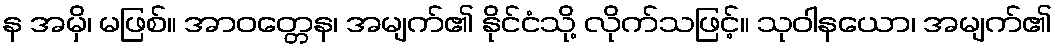
န အမှိ၊ မဖြစ်။ အာဝတ္တေန၊ အမျက်၏ နိုင်ငံသို့ လိုက်သဖြင့်။ သုဝါနယော၊ အမျက်၏